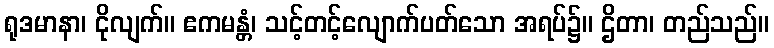
ရုဒမာနာ၊ ငိုလျက်။ ဧကမန္တံ၊ သင့်တင့်လျောက်ပတ်သော အရပ်၌။ ဌိတာ၊ တည်သည်။